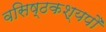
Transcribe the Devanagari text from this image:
वसिष्ठकश्यपौ